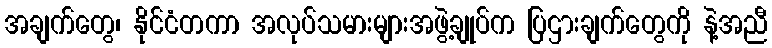
အချက်တွေ၊ နိုင်ငံတကာ အလုပ်သမားများအဖွဲ့ချုပ်က ပြဌားချက်တွေကို နဲ့အညီ